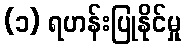
(၁) ရဟန်းပြုနိုင်မှု